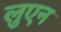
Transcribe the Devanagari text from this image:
लुएन